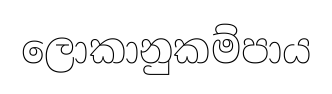
ලොකානුකම්පාය